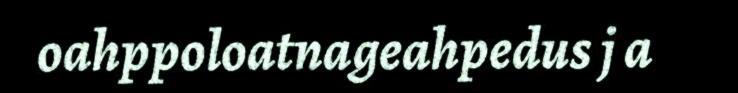
oahppoloatnageahpedus j a